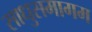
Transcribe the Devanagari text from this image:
साधुसमागम